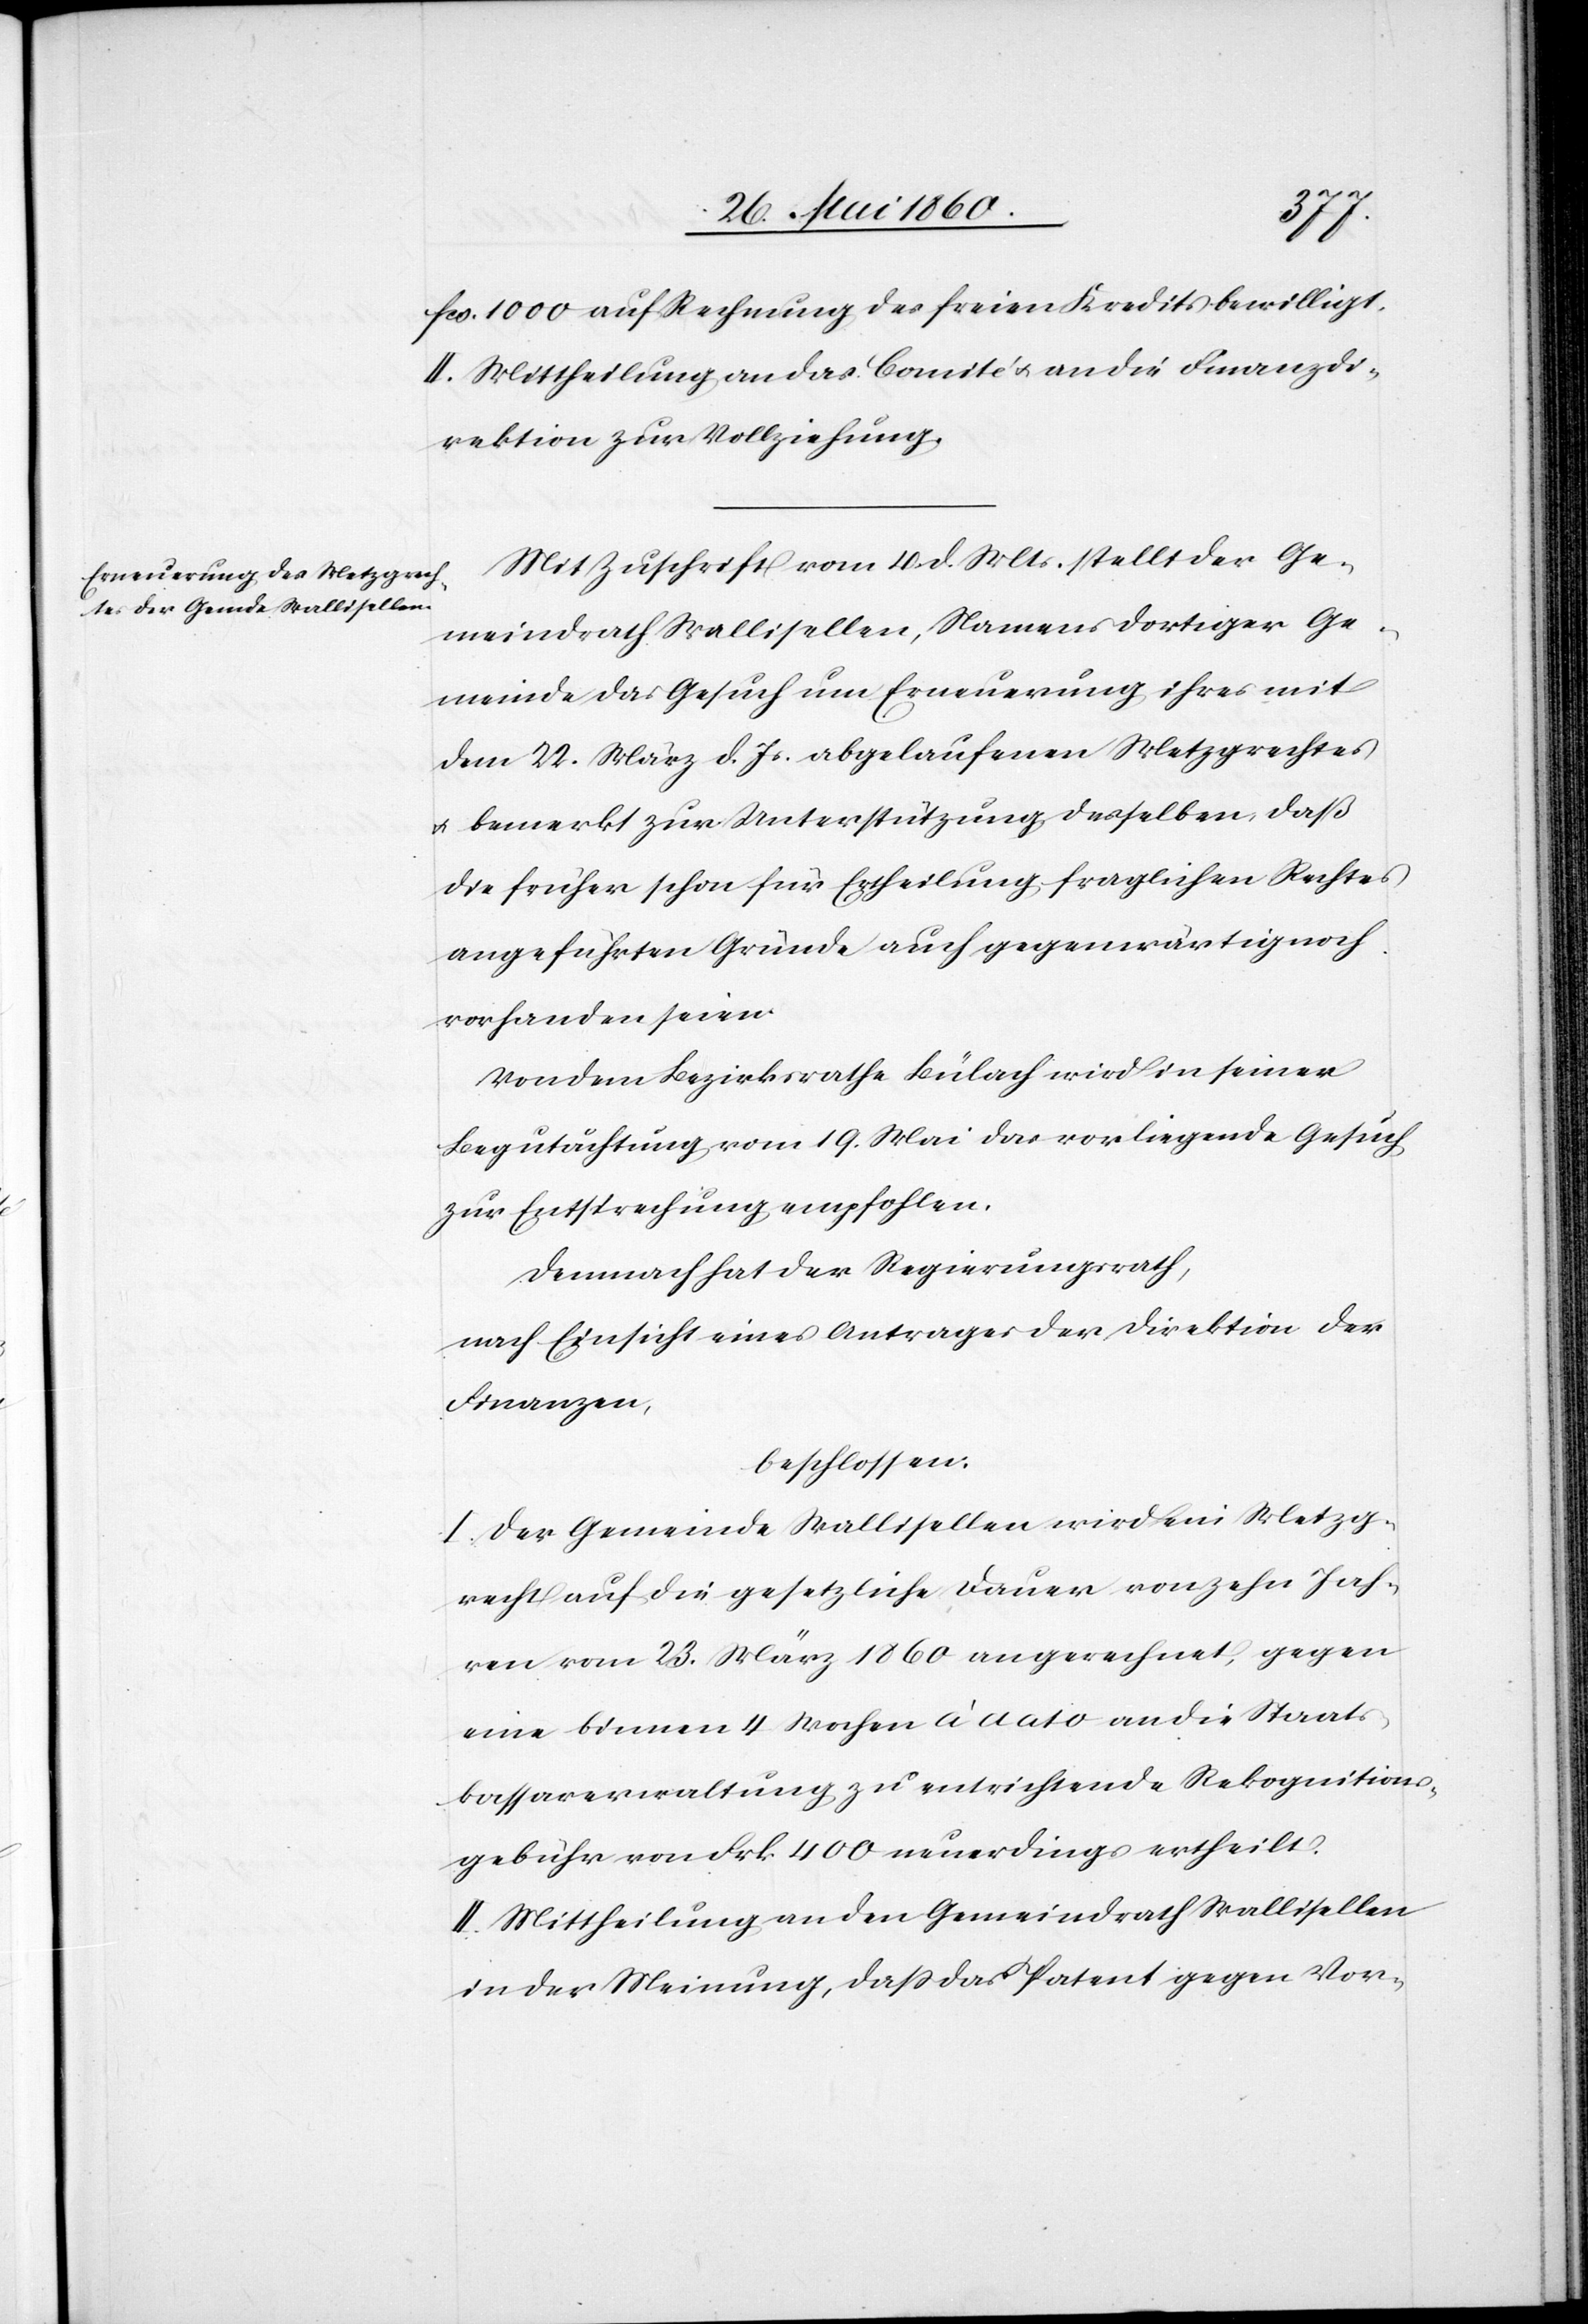
fcs. 1000 auf Rechnung des freien Kredit bewilligt.
II. Mittheilung an das Comité u. an die Finanzdi¬
rektion zur Vollziehung.
Mit Zuschrift vom 4. d. Mts. stellt der Ge¬
meindrath Wallisellen, Namens dortiger Ge¬
meinde das Gesuch um Erneuerung ihres mit
dem 22. März d. Js. abgelaufenen Metzgrechtes
u. bemerkt zur Unterstützung desselben, daß
die früher schon für Ertheilung fraglichern Rechtes
angeführten Gründe auch gegenwärtig noch
vorhanden seien.
Von dem Bezirksrathe Bülach wird in seiner
Begutachtung vom 19. Mai das vorliegende Gesuch
zur Entsprechung empfohlen.
Demnach hat der Regierungsrath,
nach Einsicht eines Antrages der Direktion der
Finanzen,
beschlossen:
I. Der Gemeinde Wallisellen wird ein Metzg¬
recht auf die gesetzliche Dauer von zehn Jah¬
ren vom 23. März 1830 angerechnet, gegen
eine binnen 4 Wochen à dato an die Staats¬
kassaverwaltung zu entrichtende Rekognitions¬
gebühr von Frk. 400 neuerdings ertheilt.
II. Mittheilung an den Gemeindrath Wallisellen
in der Meinung, daß das Patent gegen Vor-